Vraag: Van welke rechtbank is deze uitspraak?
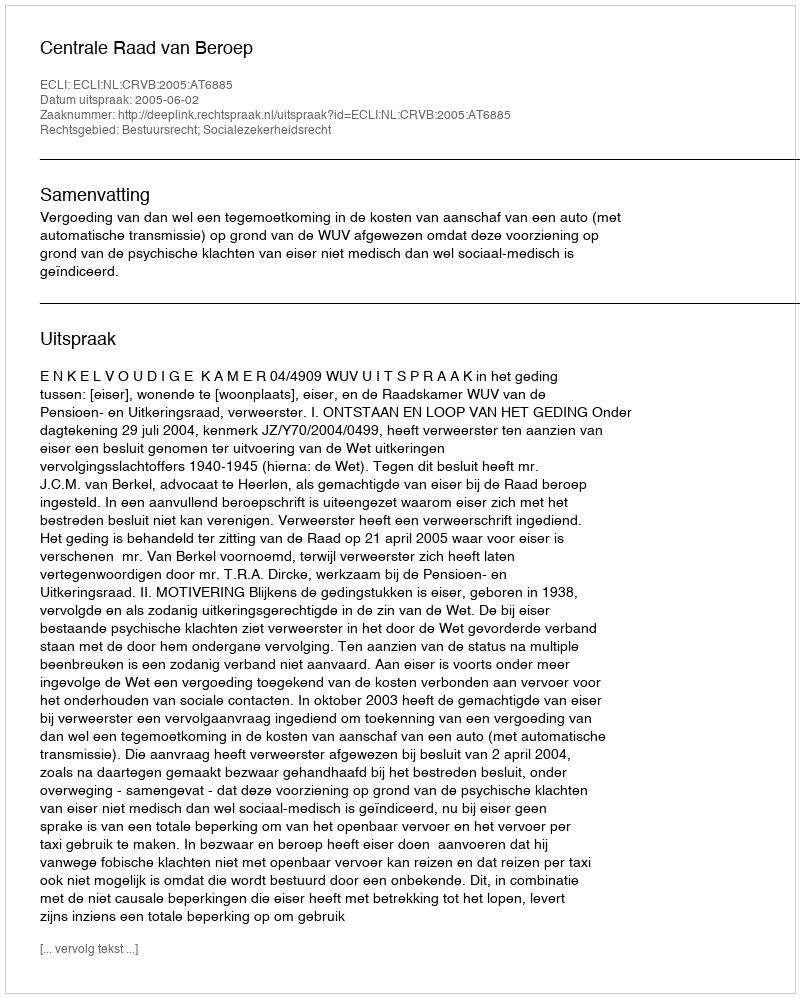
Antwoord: Centrale Raad van Beroep